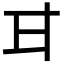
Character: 𭺫